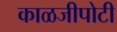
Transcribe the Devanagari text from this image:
काळजीपोटी